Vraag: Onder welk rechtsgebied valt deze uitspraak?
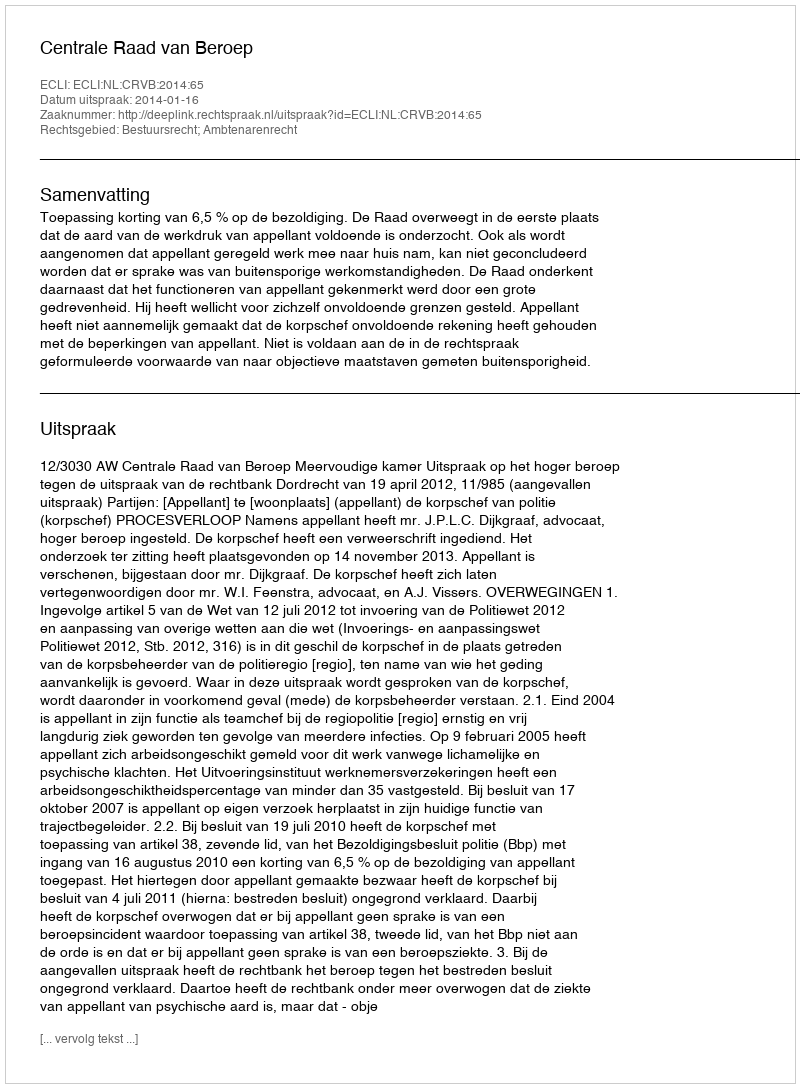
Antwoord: Bestuursrecht; Ambtenarenrecht